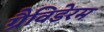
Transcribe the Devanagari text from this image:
ग्रैविडेरम